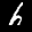
Label: 6